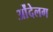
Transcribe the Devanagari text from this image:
ओंदेलग